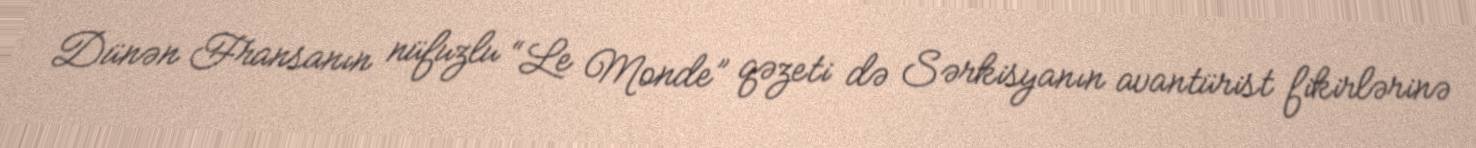
Dünən Fransanın nüfuzlu “Le Monde” qəzeti də Sərkisyanın avantürist fikirlərinə